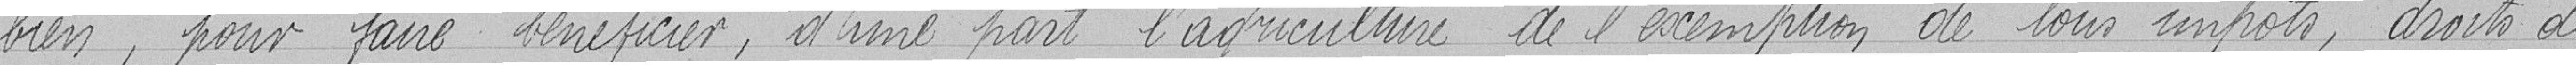
bien, pour faire bénéficier, d'une part l'agriculture de l'exemption de tous impôts, droits de